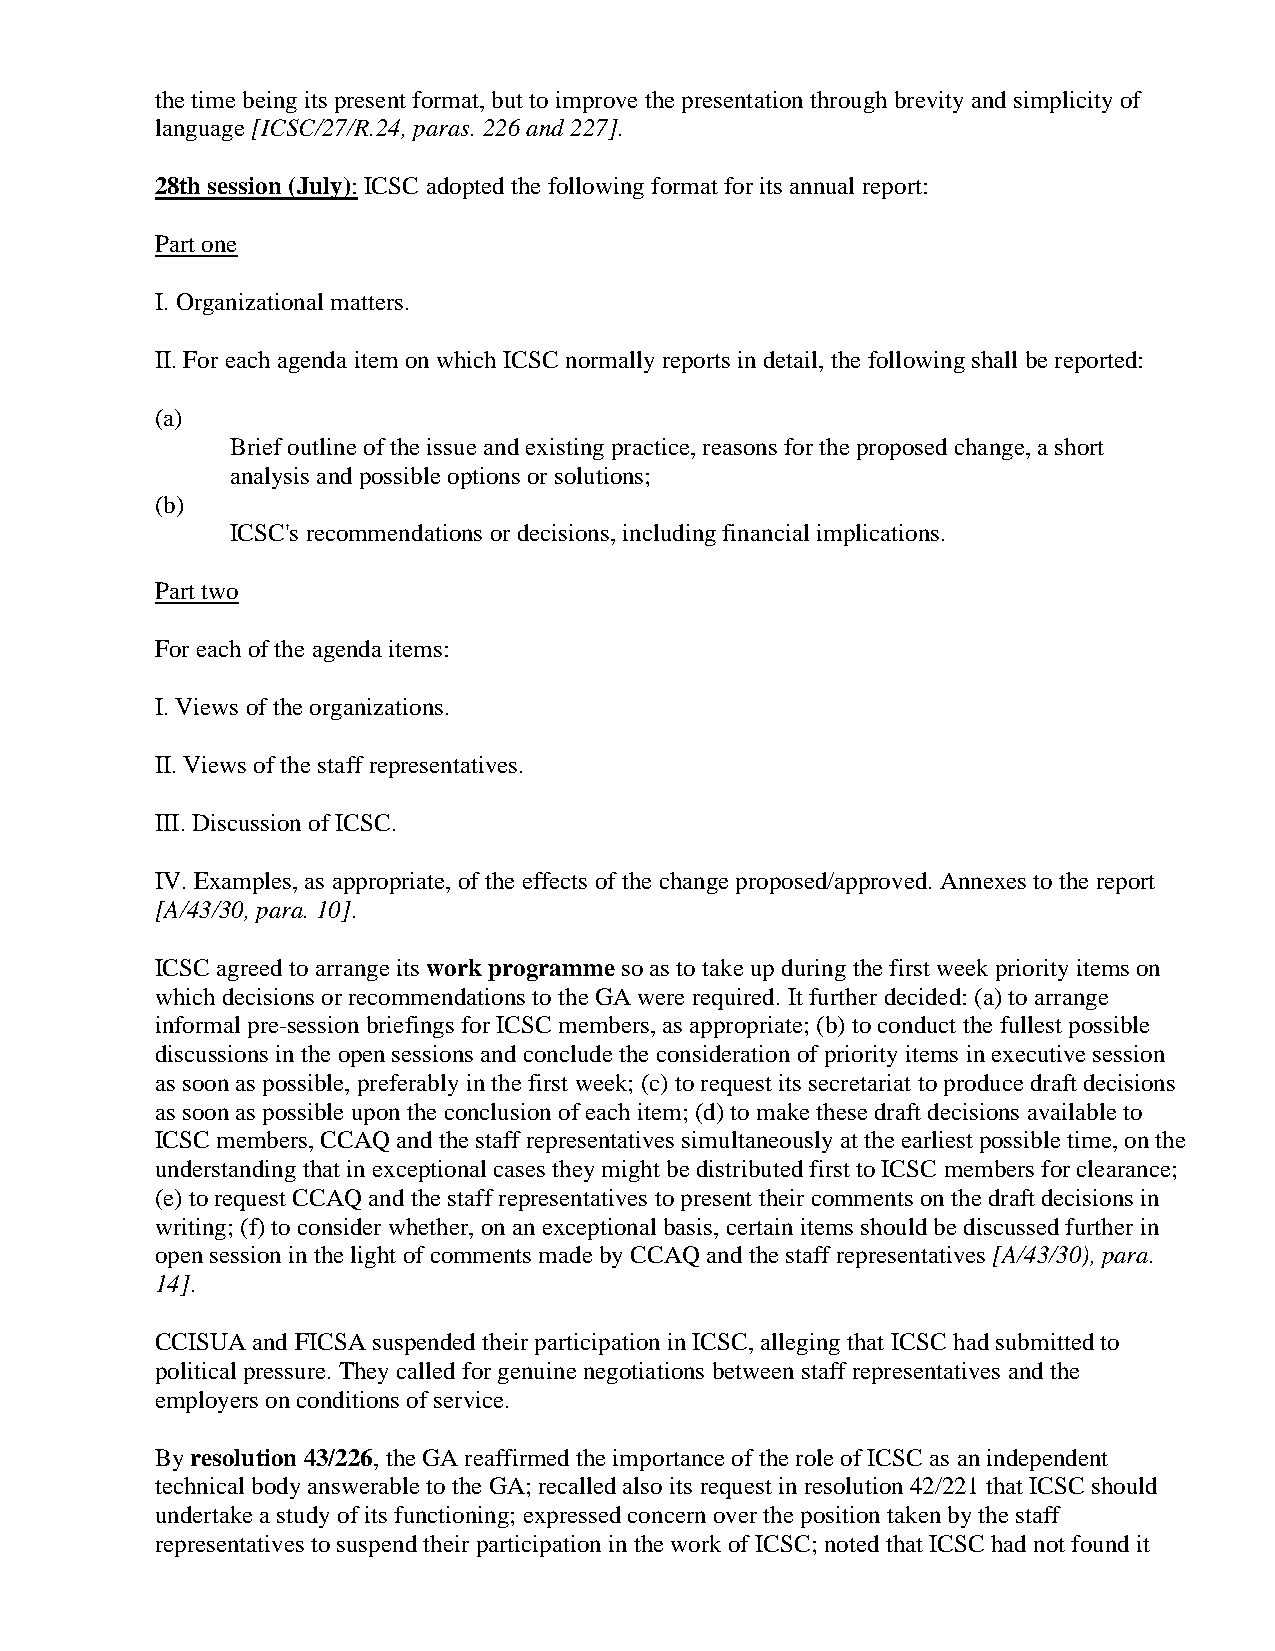
the time being its present format, but to improve the presentation through brevity and simplicity of
 language [ICSC/27/R.24, paras. 226 and 227].
 28th session (July): ICSC adopted the following format for its annual report:
 Part one
 I. Organizational matters.
 II. For each agenda item on which ICSC normally reports in detail, the following shall be reported:
 (a)
 Brief outline of the issue and existing practice, reasons for the proposed change, a short
 analysis and possible options or solutions;
 (b)
 ICSC's recommendations or decisions, including financial implications.
 Part two
 For each of the agenda items:
 I. Views of the organizations.
 II. Views of the staff representatives.
 III. Discussion of ICSC.
 IV. Examples, as appropriate, of the effects of the change proposed/approved. Annexes to the report
 [A/43/30, para. 10].
 ICSC agreed to arrange its work programme so as to take up during the first week priority items on
 which decisions or recommendations to the GA were required. It further decided: (a) to arrange
 informal pre-session briefings for ICSC members, as appropriate; (b) to conduct the fullest possible
 discussions in the open sessions and conclude the consideration of priority items in executive session
 as soon as possible, preferably in the first week; (c) to request its secretariat to produce draft decisions
 as soon as possible upon the conclusion of each item; (d) to make these draft decisions available to
 ICSC members, CCAQ and the staff representatives simultaneously at the earliest possible time, on the
 understanding that in exceptional cases they might be distributed first to ICSC members for clearance;
 (e) to request CCAQ and the staff representatives to present their comments on the draft decisions in
 writing; (f) to consider whether, on an exceptional basis, certain items should be discussed further in
 open session in the light of comments made by CCAQ and the staff representatives [A/43/30), para.
 14].
 CCISUA and FICSA suspended their participation in ICSC, alleging that ICSC had submitted to
 political pressure. They called for genuine negotiations between staff representatives and the
 employers on conditions of service.
 By resolution 43/226, the GA reaffirmed the importance of the role of ICSC as an independent
 technical body answerable to the GA; recalled also its request in resolution 42/221 that ICSC should
 undertake a study of its functioning; expressed concern over the position taken by the staff
 representatives to suspend their participation in the work of ICSC; noted that ICSC had not found it